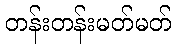
တန်းတန်းမတ်မတ်